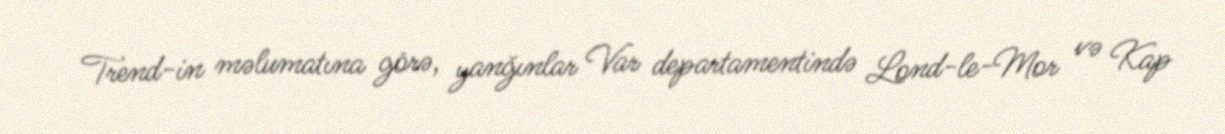
Trend-in məlumatına görə, yanğınlar Var departamentində Lond-le-Mor və Kap